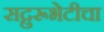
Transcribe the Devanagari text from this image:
सद्गुरूभेटीचा